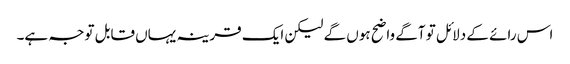
اس رائے کے دلائل تو آگے واضح ہوں گے لیکن ایک قرینہ یہاں قابل توجہ ہے۔